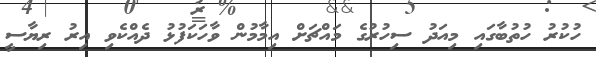
ހުކުރު ހުތުބާގައި މިއަދު ސިހުރުގެ މައްޗަށް އިމާމުން ވާހަކަފުޅު ދެއްކެވި އިރު ރިޔާސީ